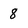
Character: 8